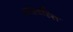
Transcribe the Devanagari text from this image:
आश्वस्ति